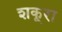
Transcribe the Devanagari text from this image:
शकूरा